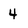
Character: 4